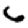
Digit: 6